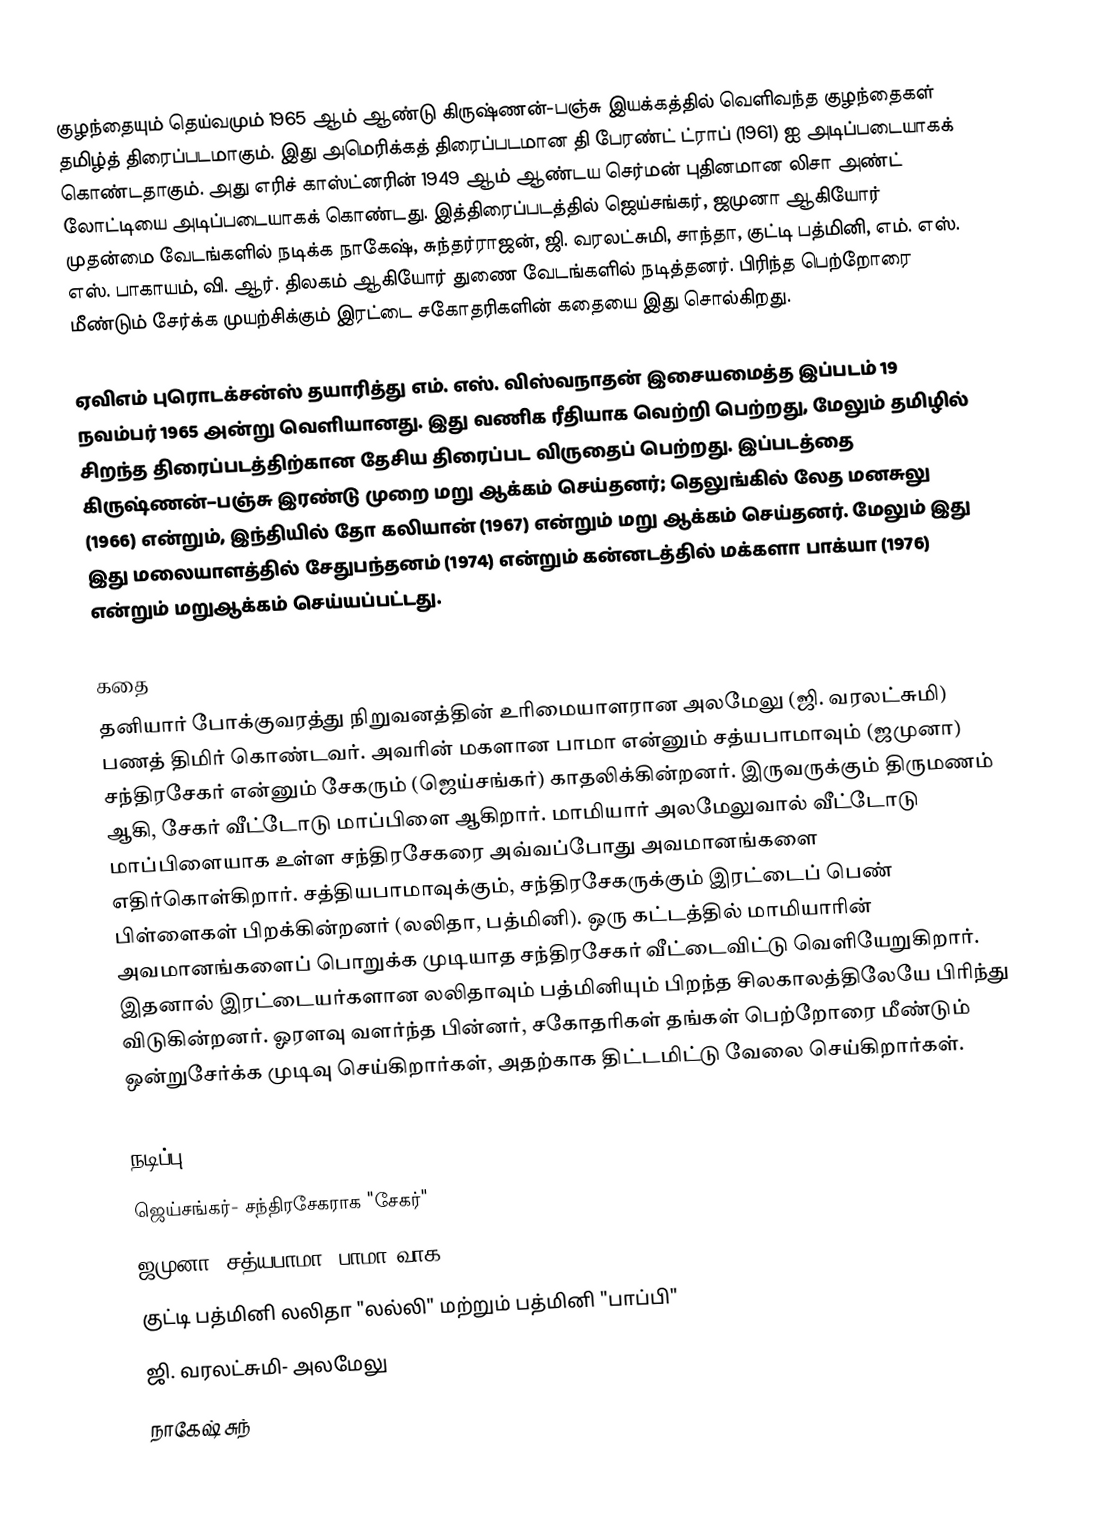
குழந்தையும் தெய்வமும் 1965 ஆம் ஆண்டு கிருஷ்ணன்-பஞ்சு  இயக்கத்தில் வெளிவந்த குழந்தைகள் தமிழ்த் திரைப்படமாகும். இது அமெரிக்கத் திரைப்படமான தி பேரண்ட் ட்ராப் (1961) ஐ அடிப்படையாகக் கொண்டதாகும். அது எரிச் காஸ்ட்னரின் 1949 ஆம் ஆண்டய செர்மன் புதினமான லிசா அண்ட் லோட்டியை அடிப்படையாகக் கொண்டது.  இத்திரைப்படத்தில் ஜெய்சங்கர், ஜமுனா ஆகியோர் முதன்மை வேடங்களில் நடிக்க நாகேஷ், சுந்தர்ராஜன், ஜி. வரலட்சுமி, சாந்தா, குட்டி பத்மினி, எம். எஸ். எஸ். பாகாயம், வி. ஆர். திலகம் ஆகியோர் துணை வேடங்களில் நடித்தனர். பிரிந்த பெற்றோரை மீண்டும் சேர்க்க முயற்சிக்கும் இரட்டை சகோதரிகளின் கதையை இது சொல்கிறது.

ஏவிஎம் புரொடக்சன்ஸ் தயாரித்து எம். எஸ். விஸ்வநாதன் இசையமைத்த இப்படம் 19 நவம்பர் 1965 அன்று வெளியானது. இது வணிக ரீதியாக வெற்றி பெற்றது, மேலும் தமிழில் சிறந்த திரைப்படத்திற்கான தேசிய திரைப்பட விருதைப் பெற்றது. இப்படத்தை கிருஷ்ணன்–பஞ்சு இரண்டு முறை மறு ஆக்கம் செய்தனர்; தெலுங்கில் லேத மனசுலு (1966) என்றும், இந்தியில் தோ கலியான் (1967) என்றும் மறு ஆக்கம் செய்தனர். மேலும் இது இது மலையாளத்தில் சேதுபந்தனம் (1974) என்றும் கன்னடத்தில் மக்களா பாக்யா (1976) என்றும் மறுஆக்கம் செய்யப்பட்டது.

கதை
தனியார் போக்குவரத்து நிறுவனத்தின் உரிமையாளரான அலமேலு (ஜி. வரலட்சுமி) பணத் திமிர் கொண்டவர். அவரின் மகளான பாமா என்னும் சத்யபாமாவும் (ஜமுனா) சந்திரசேகர் என்னும் சேகரும் (ஜெய்சங்கர்) காதலிக்கின்றனர். இருவருக்கும் திருமணம் ஆகி, சேகர் வீட்டோடு மாப்பிளை ஆகிறார். மாமியார் அலமேலுவால் வீட்டோடு மாப்பிளையாக உள்ள சந்திரசேகரை அவ்வப்போது அவமானங்களை எதிர்கொள்கிறார். சத்தியபாமாவுக்கும், சந்திரசேகருக்கும் இரட்டைப் பெண் பிள்ளைகள் பிறக்கின்றனர் (லலிதா, பத்மினி). ஒரு கட்டத்தில் மாமியாரின் அவமானங்களைப் பொறுக்க முடியாத சந்திரசேகர் வீட்டைவிட்டு வெளியேறுகிறார். இதனால் இரட்டையர்களான லலிதாவும் பத்மினியும் பிறந்த சிலகாலத்திலேயே பிரிந்து விடுகின்றனர். ஓரளவு வளர்ந்த பின்னர், சகோதரிகள் தங்கள் பெற்றோரை மீண்டும் ஒன்றுசேர்க்க முடிவு செய்கிறார்கள், அதற்காக திட்டமிட்டு வேலை செய்கிறார்கள்.

நடிப்பு
 ஜெய்சங்கர்- சந்திரசேகராக "சேகர்"
 ஜமுனா- சத்யபாமா "பாமா"வாக
 குட்டி பத்மினி லலிதா "லல்லி" மற்றும் பத்மினி "பாப்பி"
 ஜி. வரலட்சுமி- அலமேலு
 நாகேஷ் சுந்